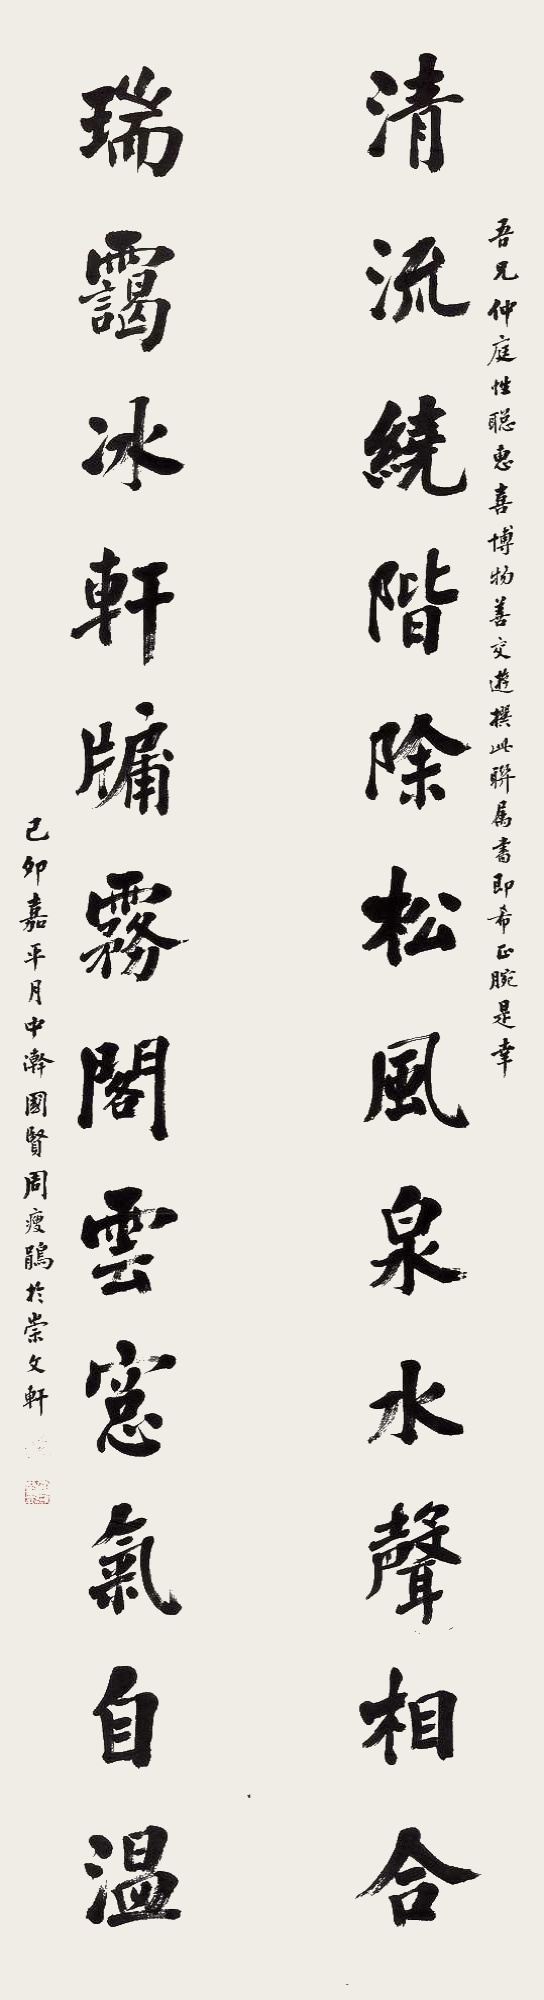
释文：清流绕阶除松风泉水声相合，瑞霭冰轩牖雾阁云窗气自温。吾兄仲庭，性聪惠，喜博物，善交游。撰此联属书即希正腕是幸。己卯嘉平月中澣，国贤周瘦鹃于崇文轩。